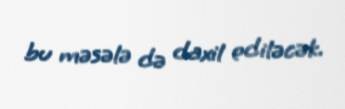
bu məsələ də daxil ediləcək.